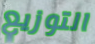
التوزيع